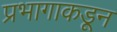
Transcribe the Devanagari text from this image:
प्रभागाकडून